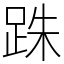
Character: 跦